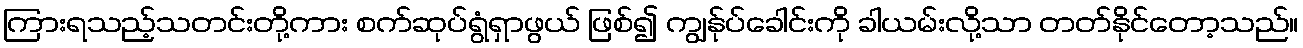
ကြားရသည့်သတင်းတို့ကား စက်ဆုပ်ရွံရှာဖွယ် ဖြစ်၍ ကျွန်ုပ်ခေါင်းကို ခါယမ်းလို့သာ တတ်နိုင်တော့သည်။